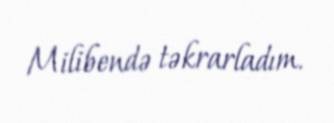
Milibendə təkrarladım.